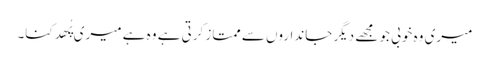
میری وہ خوبی جو مجھے دیگر جانداروں سے ممتاز کرتی ہے وہ ہے میری پُھدکنا۔